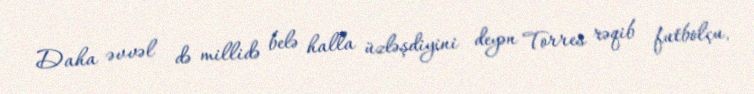
Daha əvvəl də millidə belə halla üzləşdiyini deyən Torres rəqib futbolçu,